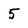
Character: 5